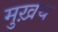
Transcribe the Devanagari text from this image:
मुख़य